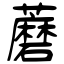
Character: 蘑